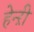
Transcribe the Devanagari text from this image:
हेन्ऱी